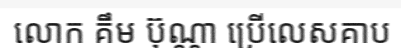
លោក គឹម ប៊ុណ្ណា ប្រើលេសគាប